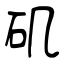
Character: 矶